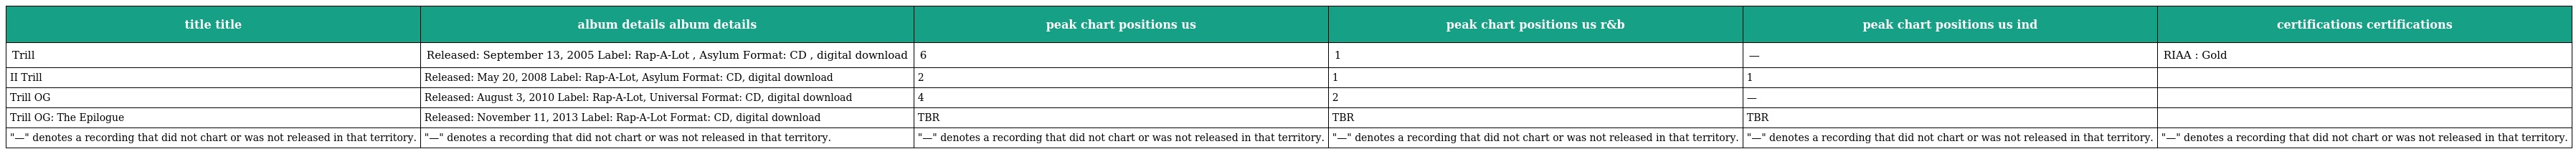
| title title | album details album details | peak chart positions us | peak chart positions us r&b | peak chart positions us ind | certifications certifications |
 | --- | --- | --- | --- | --- | --- |
 | Trill | Released: September 13, 2005 Label: Rap-A-Lot , Asylum Format: CD , digital download | 6 | 1 | — | RIAA : Gold |
 | II Trill | Released: May 20, 2008 Label: Rap-A-Lot, Asylum Format: CD, digital download | 2 | 1 | 1 |  |
 | Trill OG | Released: August 3, 2010 Label: Rap-A-Lot, Universal Format: CD, digital download | 4 | 2 | — |  |
 | Trill OG: The Epilogue | Released: November 11, 2013 Label: Rap-A-Lot Format: CD, digital download | TBR | TBR | TBR |  |
 | "—" denotes a recording that did not chart or was not released in that territory. | "—" denotes a recording that did not chart or was not released in that territory. | "—" denotes a recording that did not chart or was not released in that territory. | "—" denotes a recording that did not chart or was not released in that territory. | "—" denotes a recording that did not chart or was not released in that territory. | "—" denotes a recording that did not chart or was not released in that territory. |